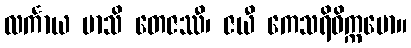
လင်္ကာယ မာသိ တေဇဿီ၊ ဇယီ ကေသရိဝိက္ကမော။